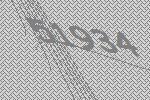
51934